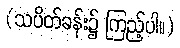
(သပိတ်ခန်း၌ ကြည့်ပါ။)